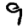
Digit: 9